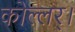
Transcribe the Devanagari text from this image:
कोल्लर्।